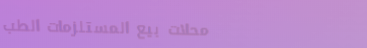
محلات بيع المستلزمات الطب